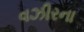
વઝીરના